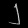
Digit: ၂